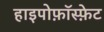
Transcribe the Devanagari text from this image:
हाइपोफ़ॉस्फ़ेट